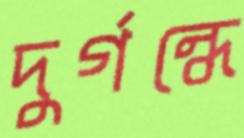
দুর্গন্ধে